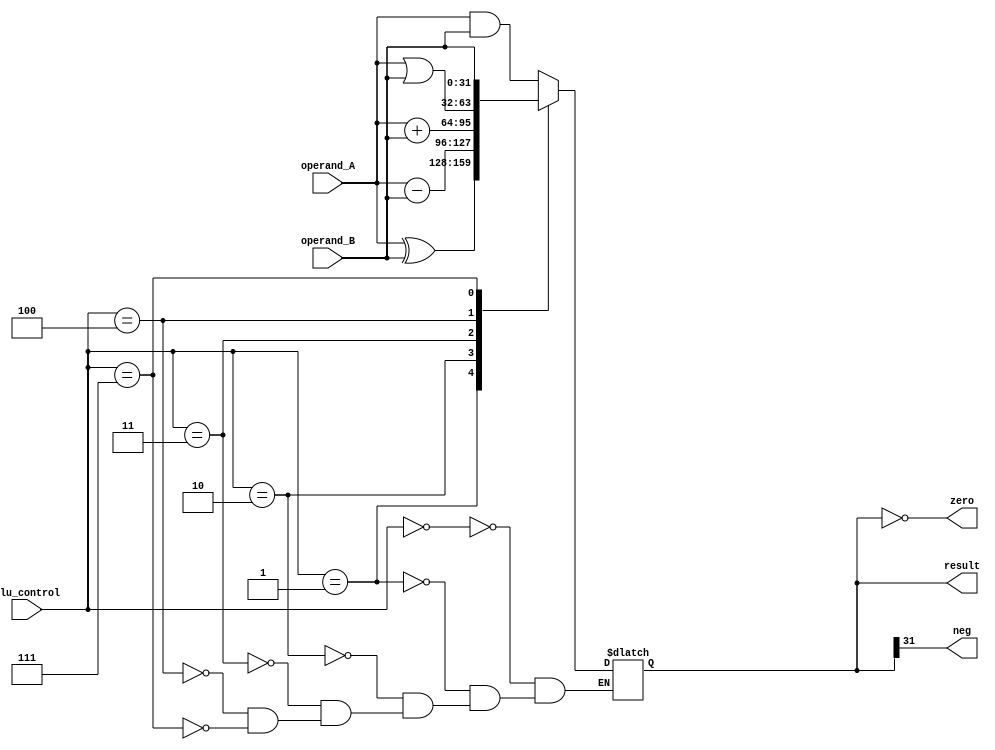
module ARM_Cortex_M0_ALU
(
    input  wire [31 : 0] operand_A,
    input  wire [31 : 0] operand_B,
    input  wire [2  : 0] alu_control,
    output reg  [31 : 0] result,
    output wire neg,
    output wire zero
);
    always @(*) 
    begin
        case (alu_control)
            3'b000: result = operand_A & operand_B;    // AND
            3'b001: result = operand_A ^ operand_B;    // XOR
            3'b010: result = operand_A - operand_B;    // SUB
            3'b011: result = operand_A + operand_B;    // ADD
            3'b100: result = operand_A | operand_B;    // ORR
            3'b111: result = operand_B;                // Pass operand_B = SHIFT R/L
        endcase
    end
    assign neg  = result[31];
    assign zero = (result == 0);
endmodule